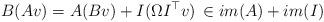
LaTeX: \begin{align*}B(Av)=A(Bv)+I(\Omega I^{\top}v)\,\in im(A)+im(I)\end{align*}